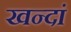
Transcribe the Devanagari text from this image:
खन्दां